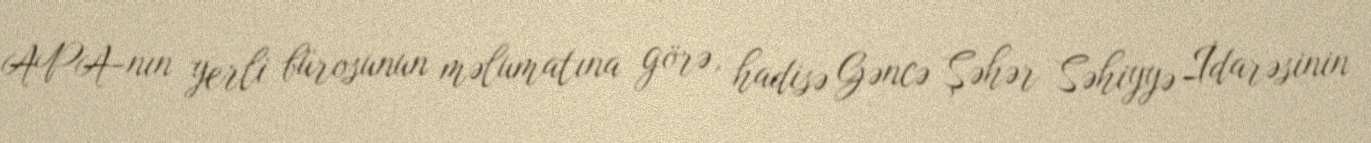
APA-nın yerli bürosunun məlumatına görə, hadisə Gəncə Şəhər Səhiyyə İdarəsinin